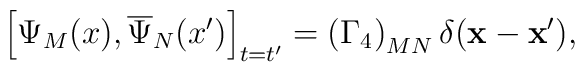
\left[ \Psi _M(x),\overline{\Psi }_N(x^{\prime })\right]_{t=t^{\prime }}=\left( \Gamma _4\right) _{MN}\delta(\mathbf{x}-\mathbf{x}^{\prime }) ,